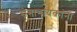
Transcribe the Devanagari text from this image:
सेनानायकांनी